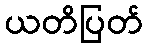
ယတိပြတ်